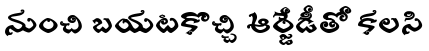
నుంచి బయటకొచ్చి ఆర్జేడీతో కలసి